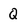
Character: Q